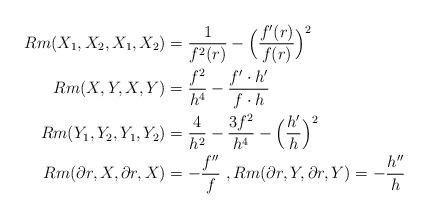
LaTeX: \begin{align*}Rm(X_1, X_2, X_1, X_2)&= \frac{1}{f^2(r)}- \Big(\frac{f'(r)}{f(r)}\Big)^2 \\Rm(X, Y, X, Y)&= \frac{f^2}{h^4}- \frac{f'\cdot h'}{f\cdot h}\\Rm(Y_1, Y_2, Y_1, Y_2)&= \frac{4}{h^2}- \frac{3f^2}{h^4}- \Big(\frac{h'}{h}\Big)^2 \\Rm(\partial r, X, \partial r, X)&= -\frac{f''}{f} \ , Rm(\partial r, Y, \partial r, Y)= -\frac{h''}{h} \end{align*}